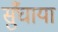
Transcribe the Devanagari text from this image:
सुँघाया